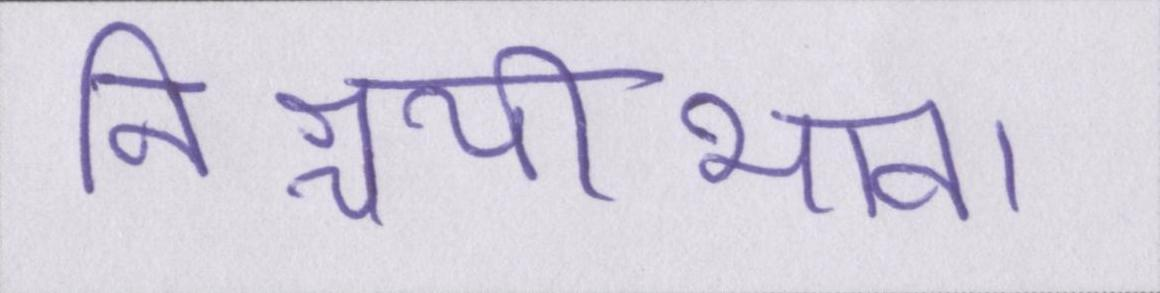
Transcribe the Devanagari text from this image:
निश्चयीभाव।